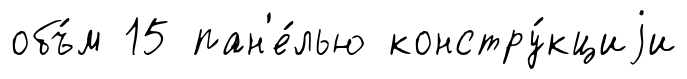
объ́м 15 пан'е́лью констру́кциjи